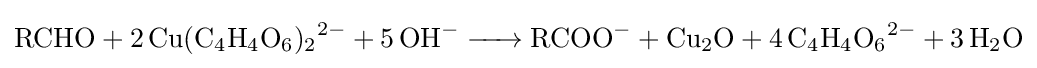
{\ce {RCHO + 2 Cu(C4H4O6)2^2- + 5 OH- -> RCOO- + Cu2O + 4 C4H4O6^2- + 3 H2O}}